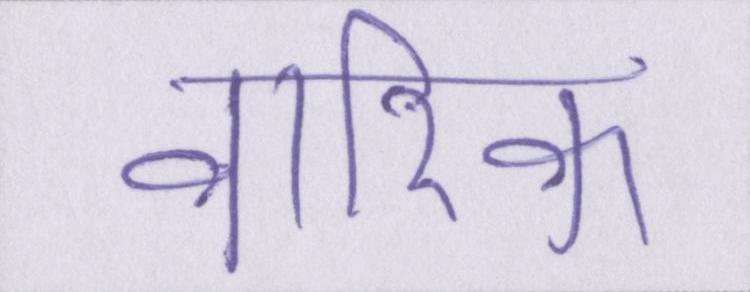
वारिक